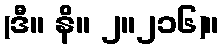
(ဒီ။ နိ။ ၂။၂၁၆)။